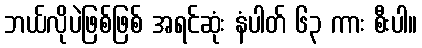
ဘယ်လိုပဲဖြစ်ဖြစ် အရင်ဆုံး နံပါတ် ၆၃ ကား စီးပါ။